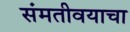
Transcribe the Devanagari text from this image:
संमतीवयाचा